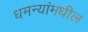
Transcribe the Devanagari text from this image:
धमन्यांमधील